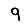
Digit: 9